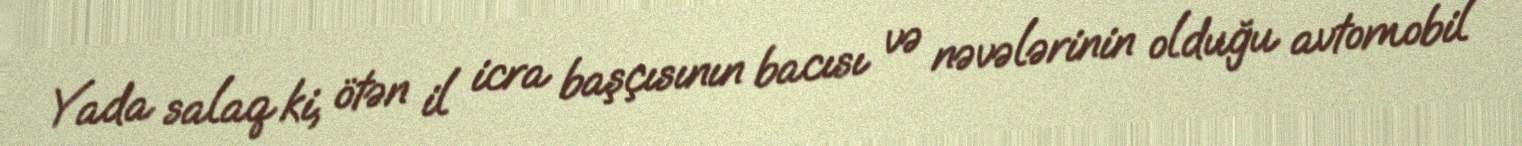
Yada salaq ki, ötən il icra başçısının bacısı və nəvələrinin olduğu avtomobil